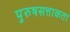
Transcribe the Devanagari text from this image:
पुरुषसत्ताकता